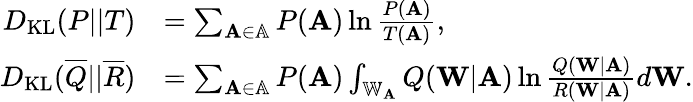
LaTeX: \begin{array}{rl}{D_{\mathrm{KL}}(P||T)}&{=\sum_{\mathbf{A}\in\mathbb{A}}P(\mathbf{A})\ln\frac{P(\mathbf{A})}{T(\mathbf{A})},}\\ {D_{\mathrm{KL}}(\overline{{Q}}||\overline{{R}})}&{=\sum_{\mathbf{A}\in\mathbb{A}}P(\mathbf{A})\int_{\mathbb{W}_{\mathbf{A}}}Q(\mathbf{W}|\mathbf{A})\ln\frac{Q(\mathbf{W}|\mathbf{A})}{R(\mathbf{W}|\mathbf{A})}d\mathbf{W}.}\end{array}